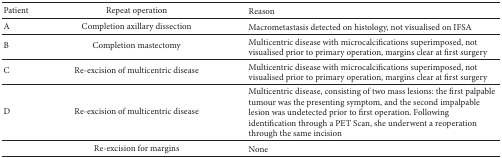
| Patient | Repeat operation | Reason |
 | --- | --- | --- |
 | A | Completion axillary dissection | Macrometastasis detected on histology, not visualised on IFSA |
 | B | Completion mastectomy | Multicentric disease with microcalcifications superimposed, not visualised prior to primary operation, margins clear at first surgery |
 | C | Re-excision of multicentric disease | Multicentric disease with microcalcifications superimposed, not visualised prior to primary operation, margins clear at first surgery |
 | D | Re-excision of multicentric disease | Multicentric disease, consisting of two mass lesions: the first palpable tumour was the presenting symptom, and the second impalpable lesion was undetected prior to first operation. Following identification through a PET Scan, she underwent a reoperation through the same incision |
 |  | Re-excision for margins | None |